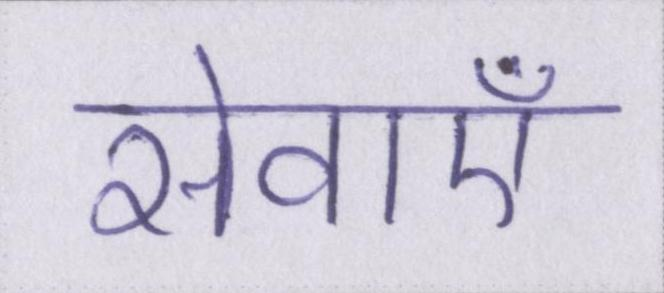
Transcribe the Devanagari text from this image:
सेवाऍं